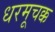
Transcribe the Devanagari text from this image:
धरमूचक्क